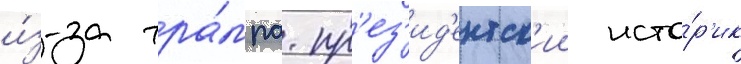
и́з-за тра́мпа. пр'ез'ид'ентск'ии исто́р'ик